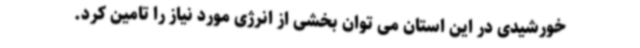
خورشیدی در این استان می توان بخشی از انرژی مورد نیاز را تامین کرد.